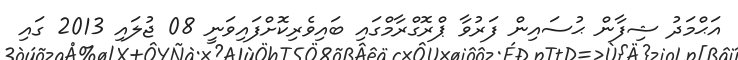
އަޙްމަދު ޝިފާން ޙުސައިން ފަރުވާ ޕްރޮގްރާމްގައި ބައިވެރިކޮށްފައިވަނީ 08 ޖުލައި 2013 ގައި